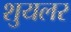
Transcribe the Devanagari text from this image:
शुयलर